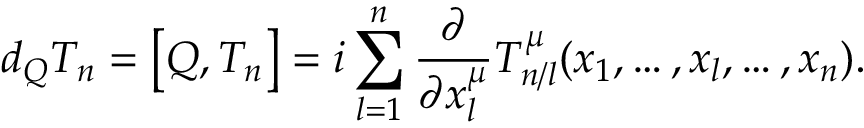
d _ { Q } T _ { n } = \bigl [ Q , T _ { n } \bigr ] = i \sum _ { l = 1 } ^ { n } \frac { \partial } { \partial x _ { l } ^ { \mu } } T _ { n / l } ^ { \mu } ( x _ { 1 } , \ldots , x _ { l } , \ldots , x _ { n } ) .